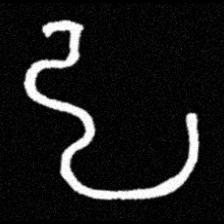
Pyu character \u2014 Myanmar letter: ဠ (romanized: lla)